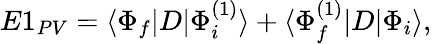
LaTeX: \begin{array}{r}{E1_{PV}=\langle\Phi_{f}|D|\Phi_{i}^{(1)}\rangle+\langle\Phi_{f}^{(1)}|D|\Phi_{i}\rangle,}\end{array}